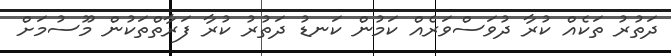
ދަތުރު ތަކެއް ކުރާ ދުވަސްވަރެއް ކަމުން ކަނޑު ދަތުރު ކުރާ ފަރާތްތަކުން މޫސުމަށް